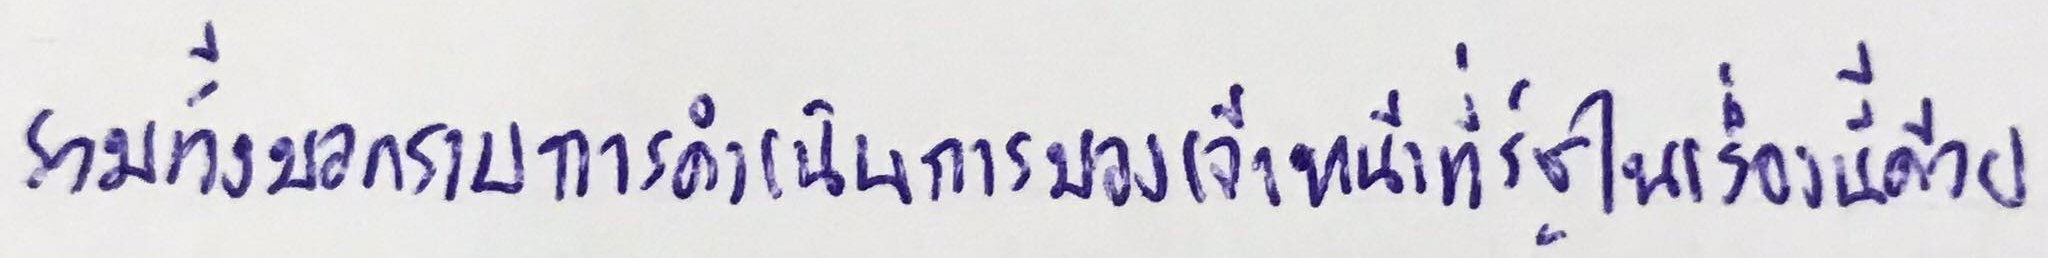
รวมทั้งขอทราบการดำเนินการของเจ้าหน้าที่รัฐในเรื่องนี้ด้วย